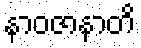
နာဝဇာနာတိ